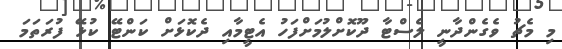
މި މެޗު ވެގެންދާނީ ލެސްޓާ ދޫކޮށްލުމަށްފަހު އެޓީމާއި ދެކޮޅަށް ކަންޓޭ ކުޅޭ ފުރަތަމަ